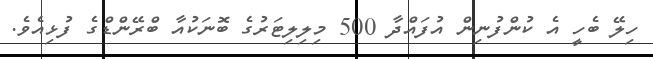
ހިލޭ ބެހީ އެ ކުންފުނިން އުފައްދާ 500 މިލިލިޓަރުގެ ބޮނަކުއާ ބްރޭންޑްގެ ފުޅިއެވެ.